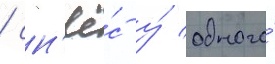
/ сн'ё́с у́ одного́